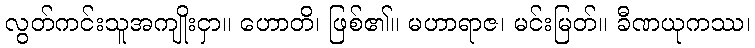
လွတ်ကင်းသူအကျိုးငှာ။ ဟောတိ၊ ဖြစ်၏။ မဟာရာဇ၊ မင်းမြတ်။ ခီဏယုကဿ၊